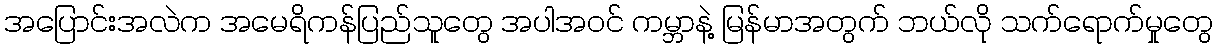
အပြောင်းအလဲက အမေရိကန်ပြည်သူတွေ အပါအဝင် ကမ္ဘာနဲ့ မြန်မာအတွက် ဘယ်လို သက်ရောက်မှုတွေ